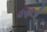
વણાતી